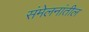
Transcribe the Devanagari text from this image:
संमेलनांतील